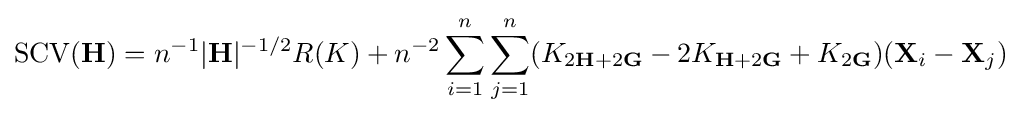
\operatorname {SCV} (\mathbf {H} )=n^{-1}|\mathbf {H} |^{-1/2}R(K)+n^{-2}\sum _{i=1}^{n}\sum _{j=1}^{n}(K_{2\mathbf {H} +2\mathbf {G} }-2K_{\mathbf {H} +2\mathbf {G} }+K_{2\mathbf {G} })(\mathbf {X} _{i}-\mathbf {X} _{j})